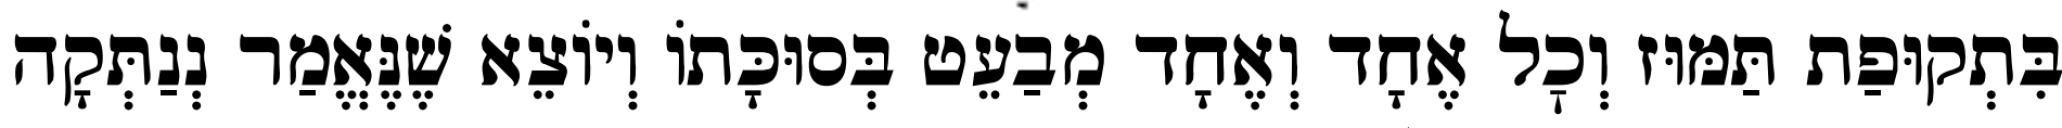
בִּתְקוּפַת תַּמּוּז וְכׇל אֶחָד וְאֶחָד מְבַעֵט בְּסוּכָּתוֹ וְיוֹצֵא שֶׁנֶּאֱמַר נְנַתְּקָה